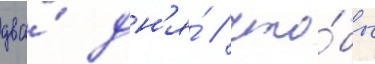
два́ дн'я́ / что́бы